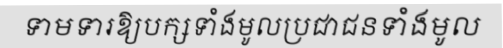
ទាមទារឱ្យបក្សទាំងមូលប្រជាជនទាំងមូល